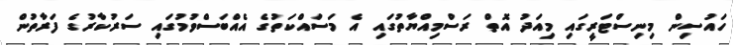
ހައުސިން މިނިސްޓަރީގައި މިއަދު އޮތް ރަސްމިއްޔާތުގައި އެ މަސައްކަތުގެ އެއްބަސްވުމުގައި ސަރުކާރުގެ ފަރާތުން